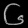
Digit: ၆